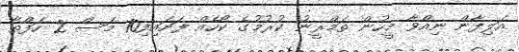
އަލިފާން ނިއްވާ މީހުން ތަމްރީނު ކުރުމުގެ ކޯހެއް ފަށައިފި10 މަސް 2 ހަފްތާ